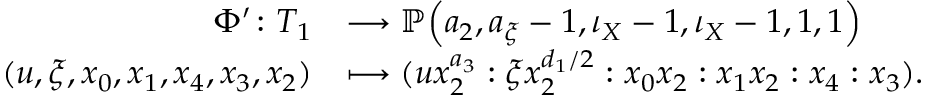
\begin{array} { r l } { \Phi ^ { \prime } \colon T _ { 1 } } & { \longrightarrow \mathbb { P } \Big ( a _ { 2 } , a _ { \xi } - 1 , \iota _ { X } - 1 , \iota _ { X } - 1 , 1 , 1 \Big ) } \\ { ( u , \xi , x _ { 0 } , x _ { 1 } , x _ { 4 } , x _ { 3 } , x _ { 2 } ) } & { \longmapsto ( u x _ { 2 } ^ { a _ { 3 } } : \xi x _ { 2 } ^ { d _ { 1 } / 2 } : x _ { 0 } x _ { 2 } : x _ { 1 } x _ { 2 } : x _ { 4 } : x _ { 3 } ) . } \end{array}